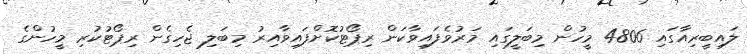
ލައިބީރިއާގައި 4806 މީހުން މިބަލީގައި މަރުވެފައިވާކަން ރިޕޯޓުކޮށްފައިވާއިރު މިބަލި ޖެހިގެން ރިޕޯޓުކުރި މީހުންގެ